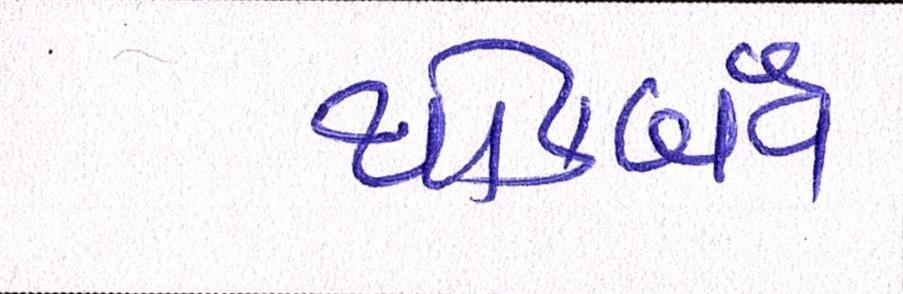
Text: થોકબંધ